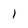
Character: 1